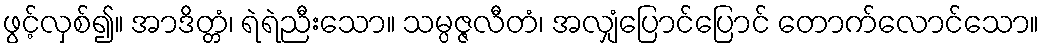
ဖွင့်လှစ်၍။ အာဒိတ္တံ၊ ရဲရဲညီးသော။ သမ္ပဇ္ဇလီတံ၊ အလျှံပြောင်ပြောင် တောက်လောင်သော။